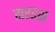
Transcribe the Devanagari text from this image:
सरडस